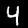
Label: 4